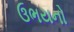
ઉભયનો